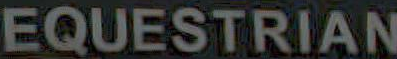
EQUESTRIAN